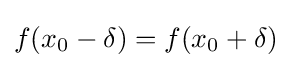
f(x_{0}-\delta )=f(x_{0}+\delta )